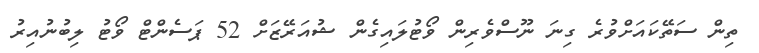
ތިން ސަތޭކައަށްވުރެ ގިނަ ނޫސްވެރިން ވޯޓުލައިގެން ޝުއަރޭޒަށް 52 ޕަސެންޓް ވޯޓު ލިބުނުއިރު